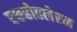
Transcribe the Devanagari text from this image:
एकहोहलेरम